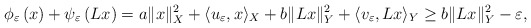
\begin{align*}\phi_{\varepsilon}\left(x\right)+\psi_{\varepsilon}\left(Lx\right) = a \lVert x \rVert^2_X +\langle u_\varepsilon,x\rangle_X +b \lVert Lx \rVert^2_Y +\langle v_\varepsilon,Lx\rangle_Y \geq b \lVert Lx \rVert^2_Y-\varepsilon,\end{align*}